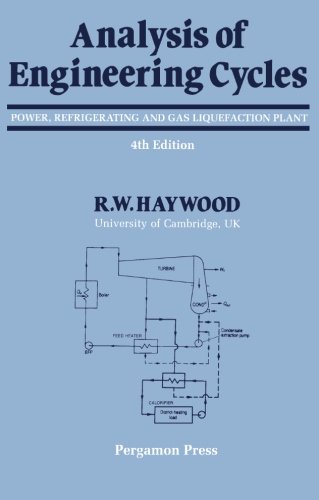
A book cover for Analysis of Engineering Cycles, Fourth Edition: Power, Refrigerating and Gas Liquefaction Plant (Thermodynamics and Fluid Mechanics for Mechanical Engineers); R. W. Haywood; Science & Math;